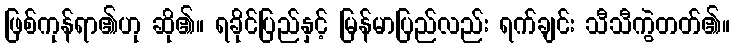
ဖြစ်ကုန်ရာ၏ဟု ဆို၏။ ရခိုင်ပြည်နှင့် မြန်မာပြည်လည်း ရက်ချင်း သီသီကွဲတတ်၏။